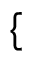
\{